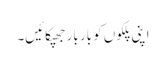
اپنی پلکوں کو بار بار جھپکائیں۔